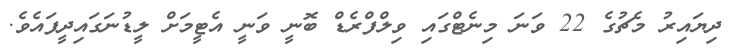
ދިޔައިރު މެޗުގެ 22 ވަނަ މިނެޓްގައި ވިލްފްރެޑް ބޮނީ ވަނީ އެޓީމަށް ލީޑުނަގައިދީފައެވެ.